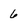
Character: 6